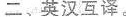
二、英汉互译。